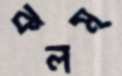
কলম্